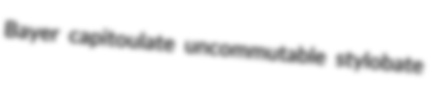
Bayer capitoulate uncommutable stylobate